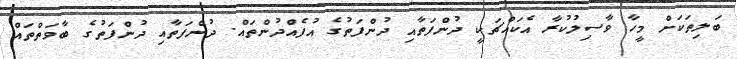
ބަލިތަކަށް މީހާ ވާސިލުކުރާ އެކައްޗަކީ ދުންފަތާއި ދުންފަތުގެ އުފެއްދުންތައް. ދުންފަތާއި ދުންފަތުގެ ބާވަތްތައް